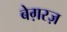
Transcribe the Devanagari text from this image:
बेग़रज़